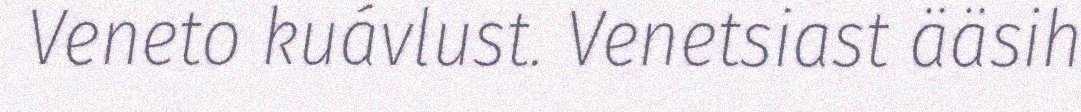
Veneto kuávlust. Venetsiast ääsih